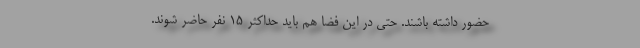
حضور داشته باشند. حتی در این فضا هم باید حداکثر ۱۵ نفر حاضر شوند.